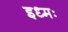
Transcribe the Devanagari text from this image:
इध्मः